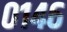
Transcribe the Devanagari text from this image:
०१४६